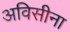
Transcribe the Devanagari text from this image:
अविसीना